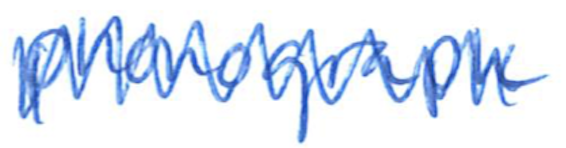
Text: phonograph
Cross-out: zig-zag
Writing tool: ballpoint